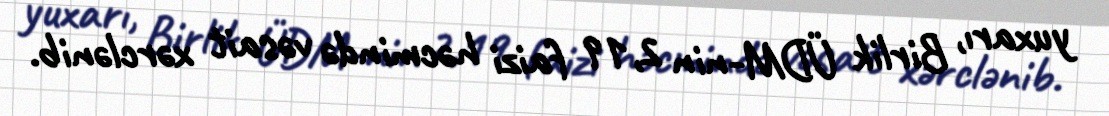
yuxarı, Birlik ÜDM-nin 2,19 faizi həcmində vəsait xərclənib.